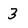
Character: 3